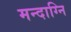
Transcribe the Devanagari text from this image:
मन्‍दाग्नि